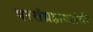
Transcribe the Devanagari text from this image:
परसंग्रहावलंबी